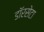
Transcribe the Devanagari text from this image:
डॉरसेटा